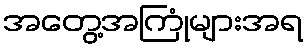
အတွေ့အကြုံများအရ